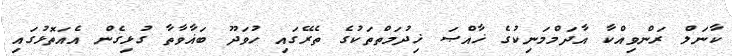
ކާނަލް ރަންވިއްކާ އާދަމްމަނިކުގެ ޚާއްޞަ ޚިދުމަތްތަކުގެ ތެރޭގައި ހުވަދޫ ބަޣާވާތާ ގުޅިގެން އެއަތޮޅުގައި